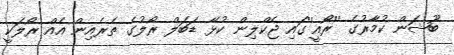
ބޫޝަން ކުމާރުގެ ''ރޯއީ''ގައި ޖެކްލިން ކުޅޭ ޑަބަލް ރޯލުގެ ތެރެއިން އެއް ރޯލަކީ